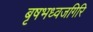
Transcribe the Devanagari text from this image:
बृषभध्वजगिरि